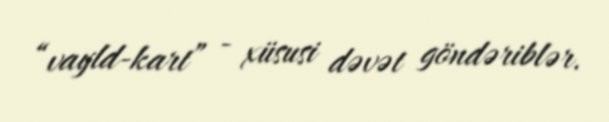
“vayld-kart” - xüsusi dəvət göndəriblər.